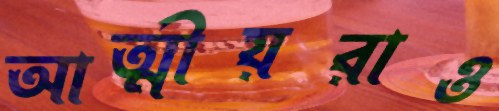
আত্মীয়রাও